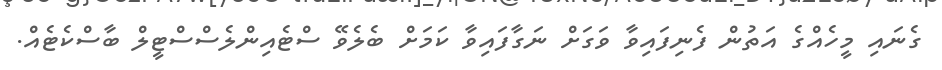
ގެނައި މީހެއްގެ އަތުން ފެނިފައިވާ ވަގަށް ނަގާފައިވާ ކަމަށް ބެލެވޭ ސްޓެއިންލެސްސްްޓީލް ބާސްކެޓެއް.